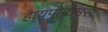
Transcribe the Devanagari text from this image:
हायपोब्रोमस